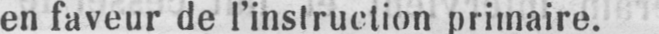
en faveur de l’instruction primaire.